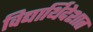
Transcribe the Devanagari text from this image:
विद्यार्थिदेशात